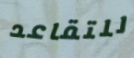
للتقاعد